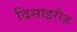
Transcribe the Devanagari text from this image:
दिसाइरीज़